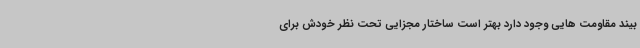
بیند مقاومت هایی وجود دارد بهتر است ساختار مجزایی تحت نظر خودش برای